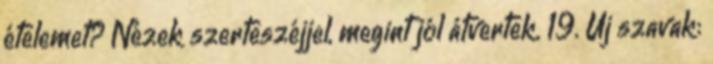
ételemet? Nézek szerteszéjjel, megint jól átvertek. 19. Új szavak: